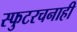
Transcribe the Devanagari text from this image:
स्फुटरचनाही